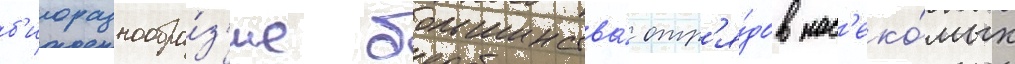
б'иоразнообра́з'ие большинства́ отр'я́дов нас'еко́мых